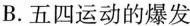
B.五四运动的爆发